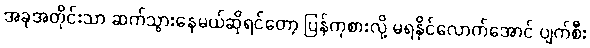
အခုအတိုင်းသာ ဆက်သွားနေမယ်ဆိုရင်တော့ ပြန်ကုစားလို့ မရနိုင်လောက်အောင် ပျက်စီး